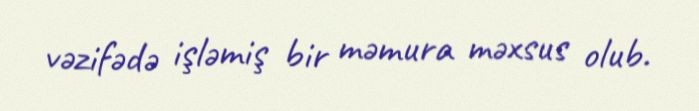
vəzifədə işləmiş bir məmura məxsus olub.